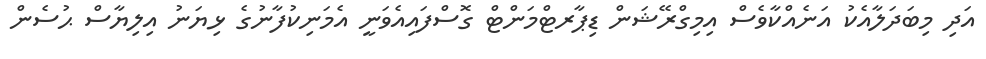
އަދި މިބަދަލާއެކު އަނެއްކާވެސް އިމިގްރޭޝަން ޑިޕާރޓްމަންޓް ގޮސްފައިއެވަނީ އެމަނިކުފާނުގެ ޅިޔަނު އިލިޔާސް ޙުސެން